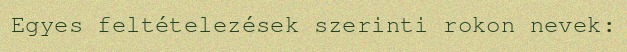
Egyes feltételezések szerinti rokon nevek: